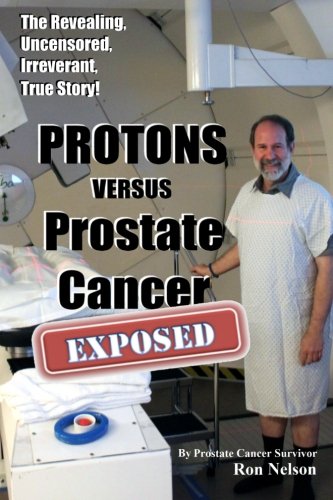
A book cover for PROTONS versus Prostate Cancer: EXPOSED: Learn what proton beam therapy for prostate cancer is really like from the patient's point of view in complete, uncensored detail.; Ron Nelson; Health, Fitness & Dieting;